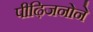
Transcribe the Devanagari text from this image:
पीढ़िजनोने